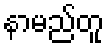
နာမည်တူ